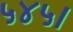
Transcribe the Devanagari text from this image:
५४५।